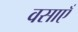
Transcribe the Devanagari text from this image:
वसाएँ